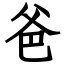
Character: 爸